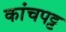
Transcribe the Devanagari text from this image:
कांचपट्ट